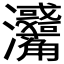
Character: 𤅳